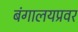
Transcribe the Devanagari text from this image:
बंगालयप्रवर